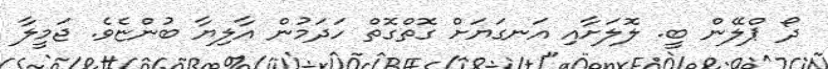
ދޯ ޕްލޭން ބީ. ލޮލަށާއި އަނގަޔަށް ގޮތްގޮތް ހަދަމުން އާލިޔާ ބުންޏެވެ. ޖަމީލާ